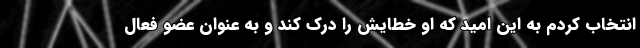
انتخاب کردم به این امید که او خطایش را درک کند و به عنوان عضو فعال